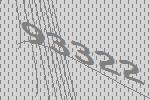
93322